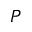
P